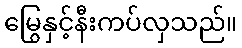
မြွေနှင့်နီးကပ်လှသည်။